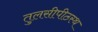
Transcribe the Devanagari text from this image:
तुलसीपीठस्थ